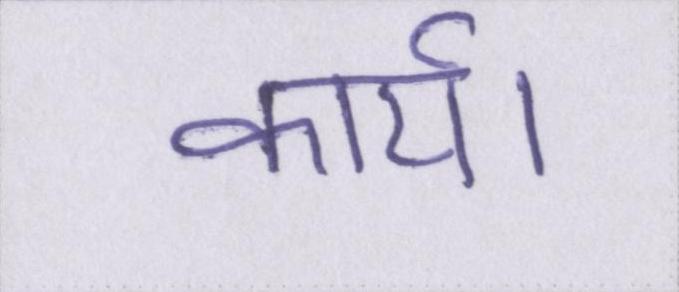
कार्य।